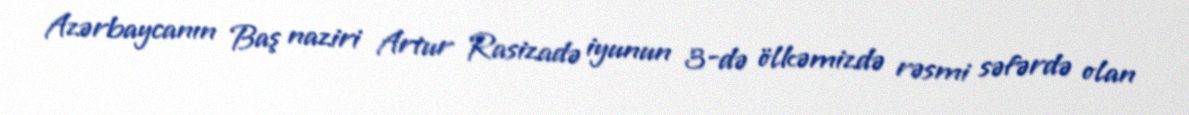
Azərbaycanın Baş naziri Artur Rasizadə iyunun 3-də ölkəmizdə rəsmi səfərdə olan